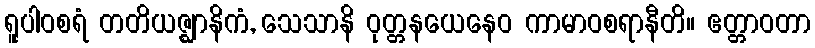
ရူပါဝစရံ တတိယဇ္ဈာနိကံ, သေသာနိ ဝုတ္တနယေနေဝ ကာမာဝစရာနီတိ။ ဧတ္တာဝတာ